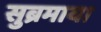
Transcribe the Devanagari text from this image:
सुब्रमाया